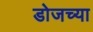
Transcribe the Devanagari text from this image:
डोजच्या